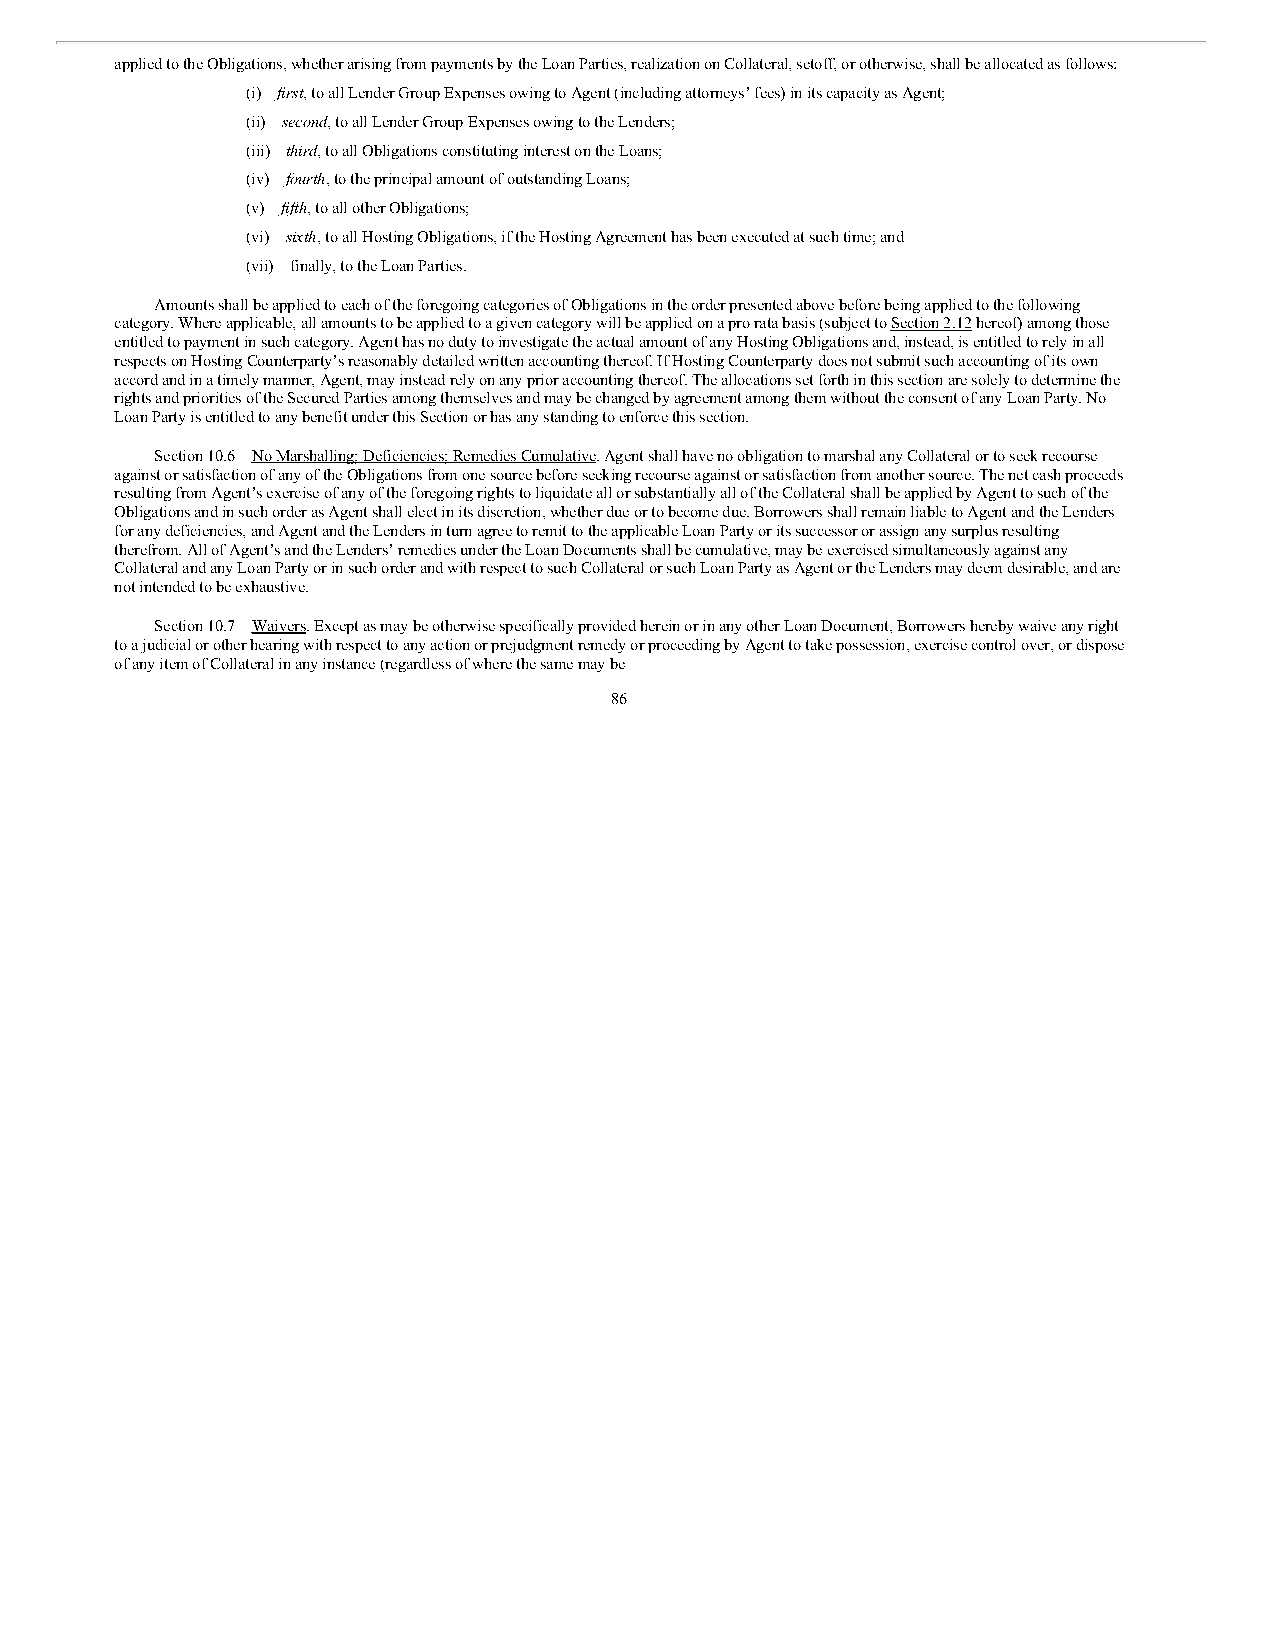
applied to the Obligations, whether arising from payments by the Loan Parties, realization on Collateral, setoff, or otherwise, shall be allocated as follows:
 (i) first, to all Lender Group Expenses owing to Agent (including attorneys’ fees) in its capacity as Agent;
 (ii) second, to all Lender Group Expenses owing to the Lenders;
 (iii) third, to all Obligations constituting interest on the Loans;
 (iv) fourth, to the principal amount of outstanding Loans;
 (v) fifth, to all other Obligations;
 (vi) sixth, to all Hosting Obligations, if the Hosting Agreement has been executed at such time; and
 (vii) finally, to the Loan Parties.
 Amounts shall be applied to each of the foregoing categories of Obligations in the order presented above before being applied to the following
 category. Where applicable, all amounts to be applied to a given category will be applied on a pro rata basis (subject to Section 2.12 hereof) among those
 entitled to payment in such category. Agent has no duty to investigate the actual amount of any Hosting Obligations and, instead, is entitled to rely in all
 respects on Hosting Counterparty’s reasonably detailed written accounting thereof. If Hosting Counterparty does not submit such accounting of its own
 accord and in a timely manner, Agent, may instead rely on any prior accounting thereof. The allocations set forth in this section are solely to determine the
 rights and priorities of the Secured Parties among themselves and may be changed by agreement among them without the consent of any Loan Party. No
 Loan Party is entitled to any benefit under this Section or has any standing to enforce this section.
 Section 10.6 No Marshalling; Deficiencies; Remedies Cumulative. Agent shall have no obligation to marshal any Collateral or to seek recourse
 against or satisfaction of any of the Obligations from one source before seeking recourse against or satisfaction from another source. The net cash proceeds
 resulting from Agent’s exercise of any of the foregoing rights to liquidate all or substantially all of the Collateral shall be applied by Agent to such of the
 Obligations and in such order as Agent shall elect in its discretion, whether due or to become due. Borrowers shall remain liable to Agent and the Lenders
 for any deficiencies, and Agent and the Lenders in turn agree to remit to the applicable Loan Party or its successor or assign any surplus resulting
 therefrom. All of Agent’s and the Lenders’ remedies under the Loan Documents shall be cumulative, may be exercised simultaneously against any
 Collateral and any Loan Party or in such order and with respect to such Collateral or such Loan Party as Agent or the Lenders may deem desirable, and are
 not intended to be exhaustive.
 Section 10.7 Waivers. Except as may be otherwise specifically provided herein or in any other Loan Document, Borrowers hereby waive any right
 to a judicial or other hearing with respect to any action or prejudgment remedy or proceeding by Agent to take possession, exercise control over, or dispose
 of any item of Collateral in any instance (regardless of where the same may be
 86